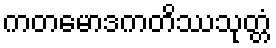
ကတမောဒကတိဿသုတ္တံ